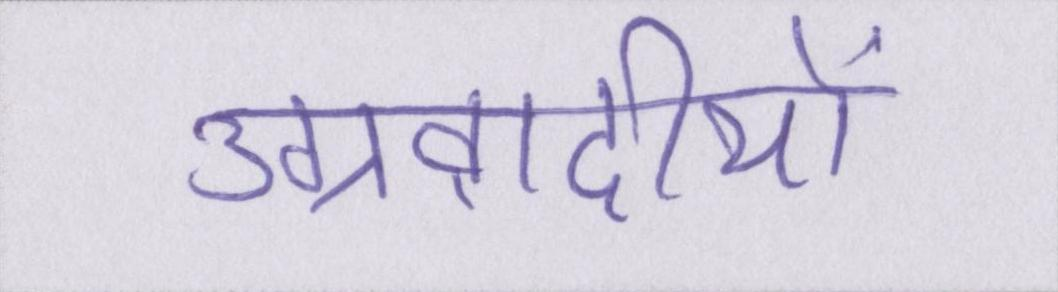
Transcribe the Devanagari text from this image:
उग्रवादीयों